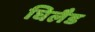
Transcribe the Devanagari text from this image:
घिलैड